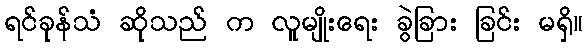
ရင်ခုန်သံ ဆိုသည် က လူမျိုးရေး ခွဲခြား ခြင်း မရှိ။